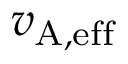
{ v } _ { \mathrm { A , e f f } }